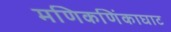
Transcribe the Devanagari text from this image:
मणिकणिंकाघाट